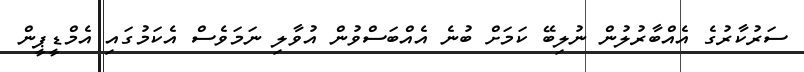
ސަރުކާރުގެ އެއްބާރުލުން ނުލިބޭ ކަމަށް ބުނެ އެއްބަސްވުން އުވާލި ނަމަވެސް އެކަމުގައި އެމްޑީޕީން